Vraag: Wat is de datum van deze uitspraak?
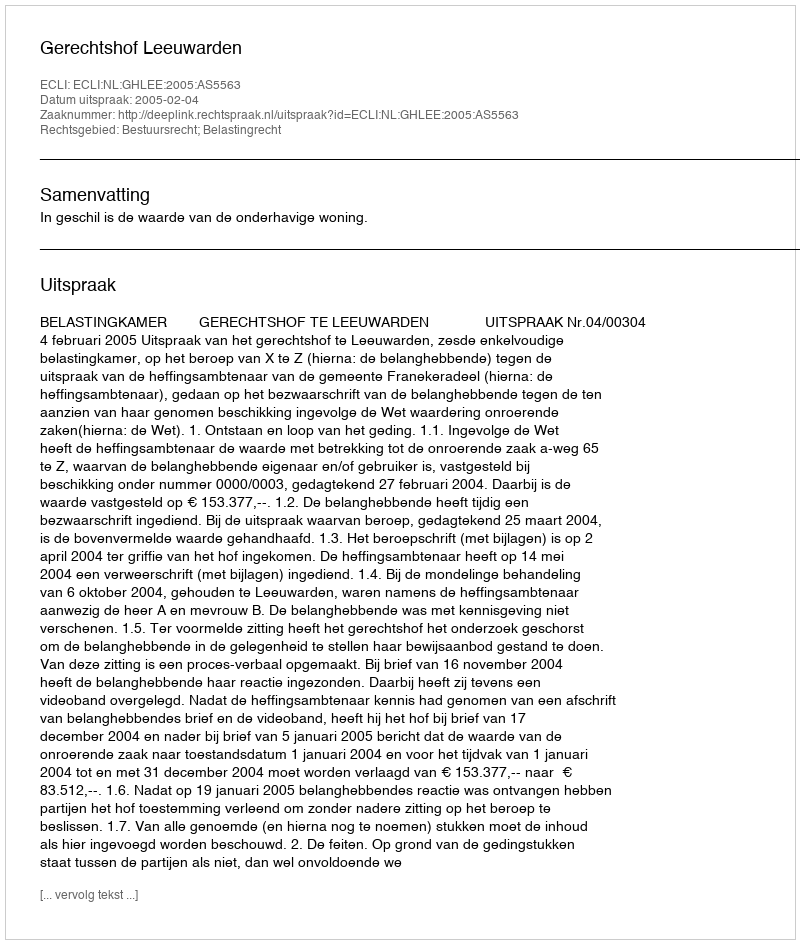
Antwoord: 2005-02-04